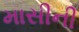
માસીની